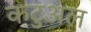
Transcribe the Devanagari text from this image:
कटुअल